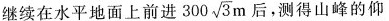
继续在水平地面上前进 300 \sqrt{3}m 后，测得山峰的仰